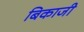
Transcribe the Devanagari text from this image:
बिकाजी